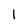
Character: 1